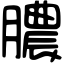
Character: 膿